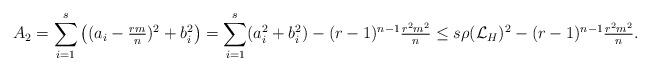
LaTeX: \begin{align*}A_2=\sum_{i=1}^{s}\left((a_{i}-\tfrac{rm}{n})^{2} +b_{i}^{2}\right)= \sum_{i=1}^{s}(a_{i}^{2}+b_{i}^{2})-(r-1)^{n-1}\tfrac{r^{2}m^{2}}{n}\leq s\rho(\mathcal{L}_{H})^{2}-(r-1)^{n-1}\tfrac{r^{2}m^{2}}{n}.\end{align*}